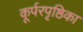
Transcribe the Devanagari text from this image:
कूर्परपृष्ठिका